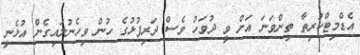
އެޑްމިޓްކުރިތާ ތިންވަނަ އަށް ވީ ދުވަހު ވެސް ދަރިފުޅުގެ ހުން ވިހެނުލައިގެން އުޅެނީ